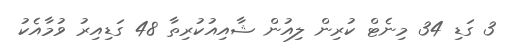
3 ގަޑި 34 މިނެޓް ކުރިން ލިއުން ޝާއިއުކުރިތާ 48 ގަޑިއިރު ވުމާއެކު